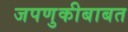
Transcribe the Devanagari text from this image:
जपणुकीबाबत